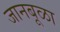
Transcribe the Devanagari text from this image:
जानबूळा